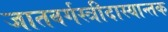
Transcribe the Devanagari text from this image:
जातवर्गस्त्रीदास्यान्तक